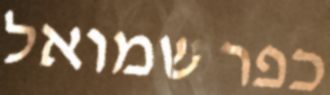
כפר שמואל